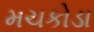
મચકોડા